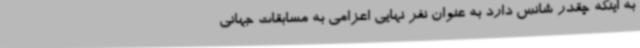
به اینکه چقدر شانس دارد به عنوان نفر نهایی اعزامی به مسابقات جهانی